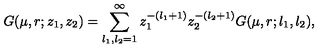
G ( \mu , r ; z _ { 1 } , z _ { 2 } ) = \sum _ { l _ { 1 } , l _ { 2 } = 1 } ^ { \infty } z _ { 1 } ^ { - ( l _ { 1 } + 1 ) } z _ { 2 } ^ { - ( l _ { 2 } + 1 ) } G ( \mu , r ; l _ { 1 } , l _ { 2 } ) ,